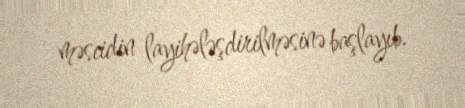
məscidin layihələşdirilməsinə başlayıb.